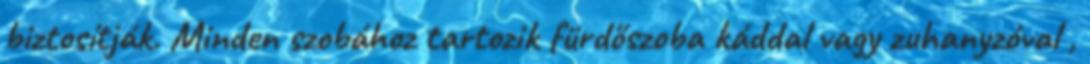
biztosítják. Minden szobához tartozik fürdőszoba káddal vagy zuhanyzóval ,